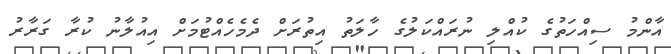
އާންމު ސިއްހަތުގެ ކުއްލި ނުރައްކަލުގެ ހާލަތު އިތުރަށް ދެމެހެއްޓުމަށް އިއުލާނު ކުރާ ގަރާރު